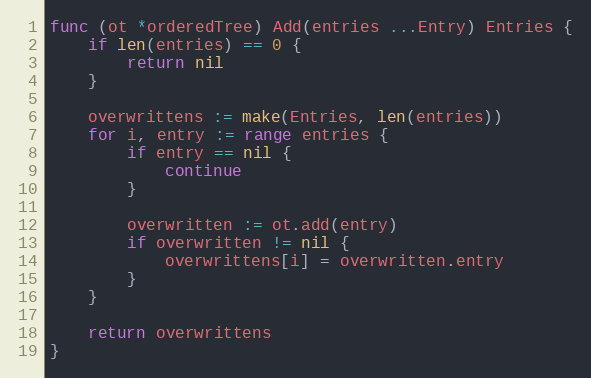
Language: Go
func (ot *orderedTree) Add(entries ...Entry) Entries {
	if len(entries) == 0 {
		return nil
	}

	overwrittens := make(Entries, len(entries))
	for i, entry := range entries {
		if entry == nil {
			continue
		}

		overwritten := ot.add(entry)
		if overwritten != nil {
			overwrittens[i] = overwritten.entry
		}
	}

	return overwrittens
}